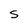
Character: s